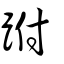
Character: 跗